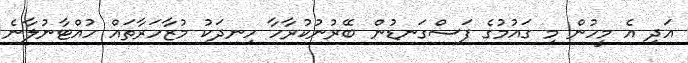
އަދި އެ މީހުން މި ގައުމުގެ ފަސްގަނޑުން ބޭރުނުކުރާހާ ހިނދަކު މުޒާހަރާތައް ހުއްޓާނުލާނެ